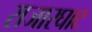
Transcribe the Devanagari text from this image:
राजारघाट